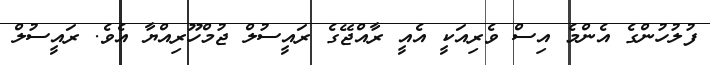
ފުލުހުންގެ އެންމެ އިސް ވެރިއަކީ އެއީ ރާއްޖޭގެ ރައީސުލް ޖުމްހޫރިއްޔާ އެވެ. ރައީސުލް